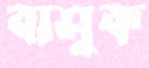
বাসুক